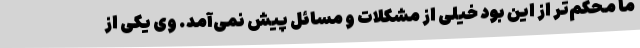
ما محکم‌تر از این بود خیلی از مشکلات و مسائل پیش نمی‌آمد. وی یکی از